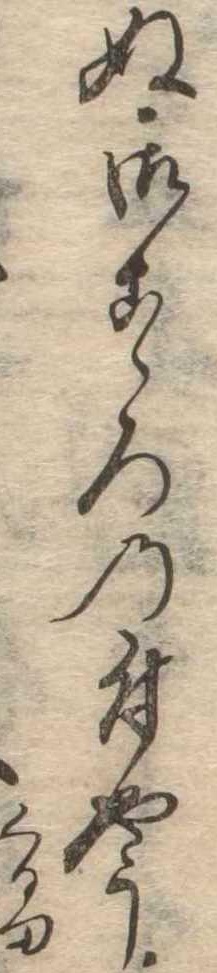
ぬ御こゝろの付やう